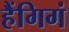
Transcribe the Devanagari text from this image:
हैंगिगं